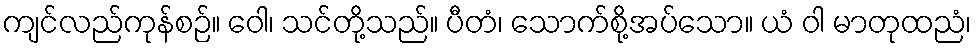
ကျင်လည်ကုန်စဉ်။ ဝေါ၊ သင်တို့သည်။ ပီတံ၊ သောက်စို့အပ်သော။ ယံ ဝါ မာတုထညံ၊